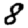
Digit: 8